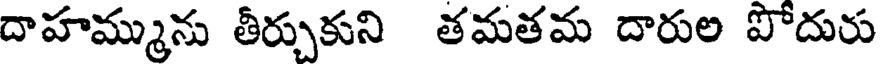
దాహమ్మును తీర్చుకుని తమతమ దారుల పోదురు